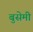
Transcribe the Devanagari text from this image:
बुसेमी